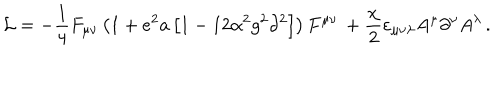
LaTeX: { \cal L } = - \frac { 1 } { 4 } F _ { \mu \nu } \left( { 1 + e ^ { 2 } a \left[ { 1 - 1 2 \alpha ^ { 2 } g ^ { 2 } \partial ^ { 2 } } \right] } \right) F ^ { \mu \nu } \, + \frac { \chi } { 2 } \varepsilon _ { \mu \nu \lambda } A ^ { \mu } \partial ^ { \nu } A ^ { \lambda } \, .